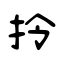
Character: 拎